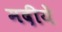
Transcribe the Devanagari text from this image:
मदीयें